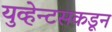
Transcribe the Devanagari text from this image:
युव्हेन्टसकडून